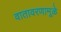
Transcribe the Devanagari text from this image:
वातावरणामूळे